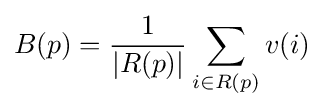
B(p)={1 \over |R(p)|}\sum _{i\in R(p)}v(i)